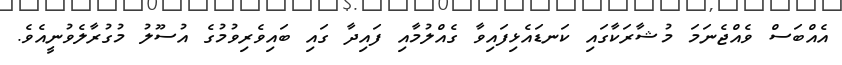
އެއްބަސް ވެއްޖެނަމަ މުޝާރަކާގައި ކަނޑައެޅިފައިވާ ގެއްލުމާއި ފައިދާ ގައި ބައިވެރިވުމުގެ އުސޫލު މުގުރާލެވުނީއެވެ.